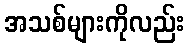
အသစ်များကိုလည်း